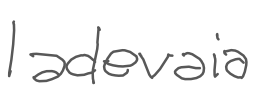
Text: Iadevaia
Cross-out: clean
Writing tool: digital_gray